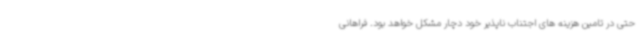
حتی در تامین هزینه های اجتناب ناپذیر خود دچار مشکل خواهد بود. فراهانی